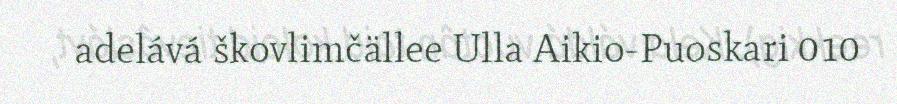
adelává škovlimčällee Ulla Aikio-Puoskari 010